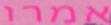
אמרו